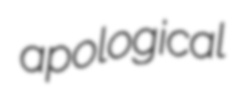
apological